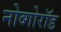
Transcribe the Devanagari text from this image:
नोव्गोरॉड